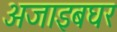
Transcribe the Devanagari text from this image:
अजाइबघर